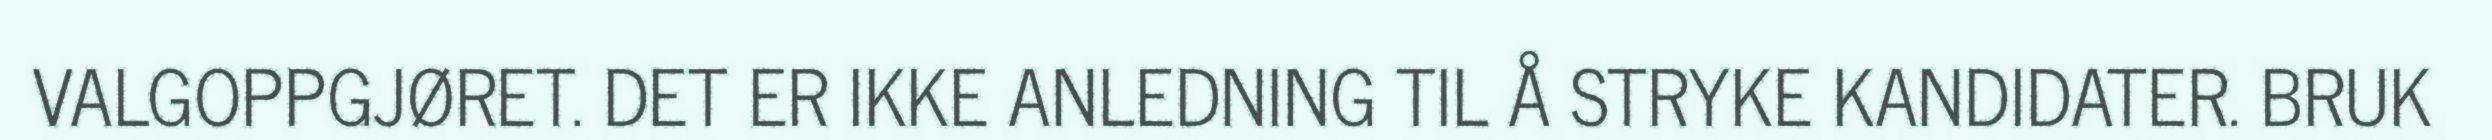
VALGOPPGJØRET. DET ER IKKE ANLEDNING TIL Å STRYKE KANDIDATER. BRUK